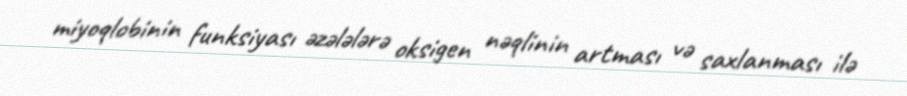
miyoqlobinin funksiyası əzələlərə oksigen nəqlinin artması və saxlanması ilə